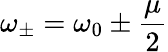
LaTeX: \displaystyle{\omega_{\pm}=\omega_{0}\pm\frac{\mu}{2}}